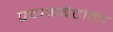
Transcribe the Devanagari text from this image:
प्रवाळबेटांना